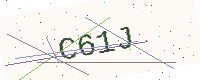
Text: C61J